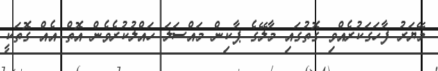
މޭޔަރު ފާހަގަކުރެއްވި ގޮތުގައި މާލޭގެ ޕާކިން މައްސަލަ ހައްލުކުރެވެން އޮތް އެއް ގޮތަކީ